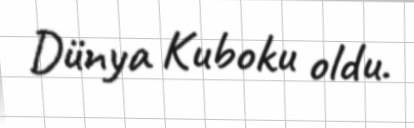
Dünya Kuboku oldu.